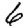
Digit: 6